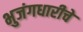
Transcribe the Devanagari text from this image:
भुजंगधारीचे